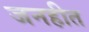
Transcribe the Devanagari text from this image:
जनहीत